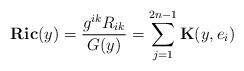
LaTeX: \begin{align*}\mathbf{Ric}(y)=\frac{g^{ik}R_{ik}}{G(y)}= \sum_{j=1}^{2n-1} \mathbf{K}(y, e_i)\end{align*}